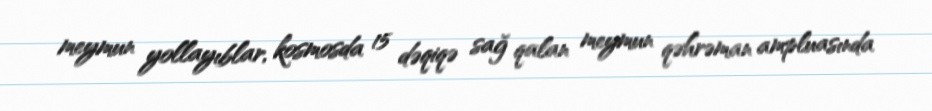
meymun yollayıblar, kosmosda 15 dəqiqə sağ qalan meymun qəhrəman ampluasında